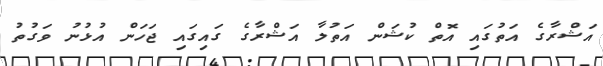
އަޝްރާގެ އަތުގައި އޮތް ކުޝަން އަތުލާ އަޝްރާގެ ގައިގައި ޖަހަން އުޅުނު ވަގުތު